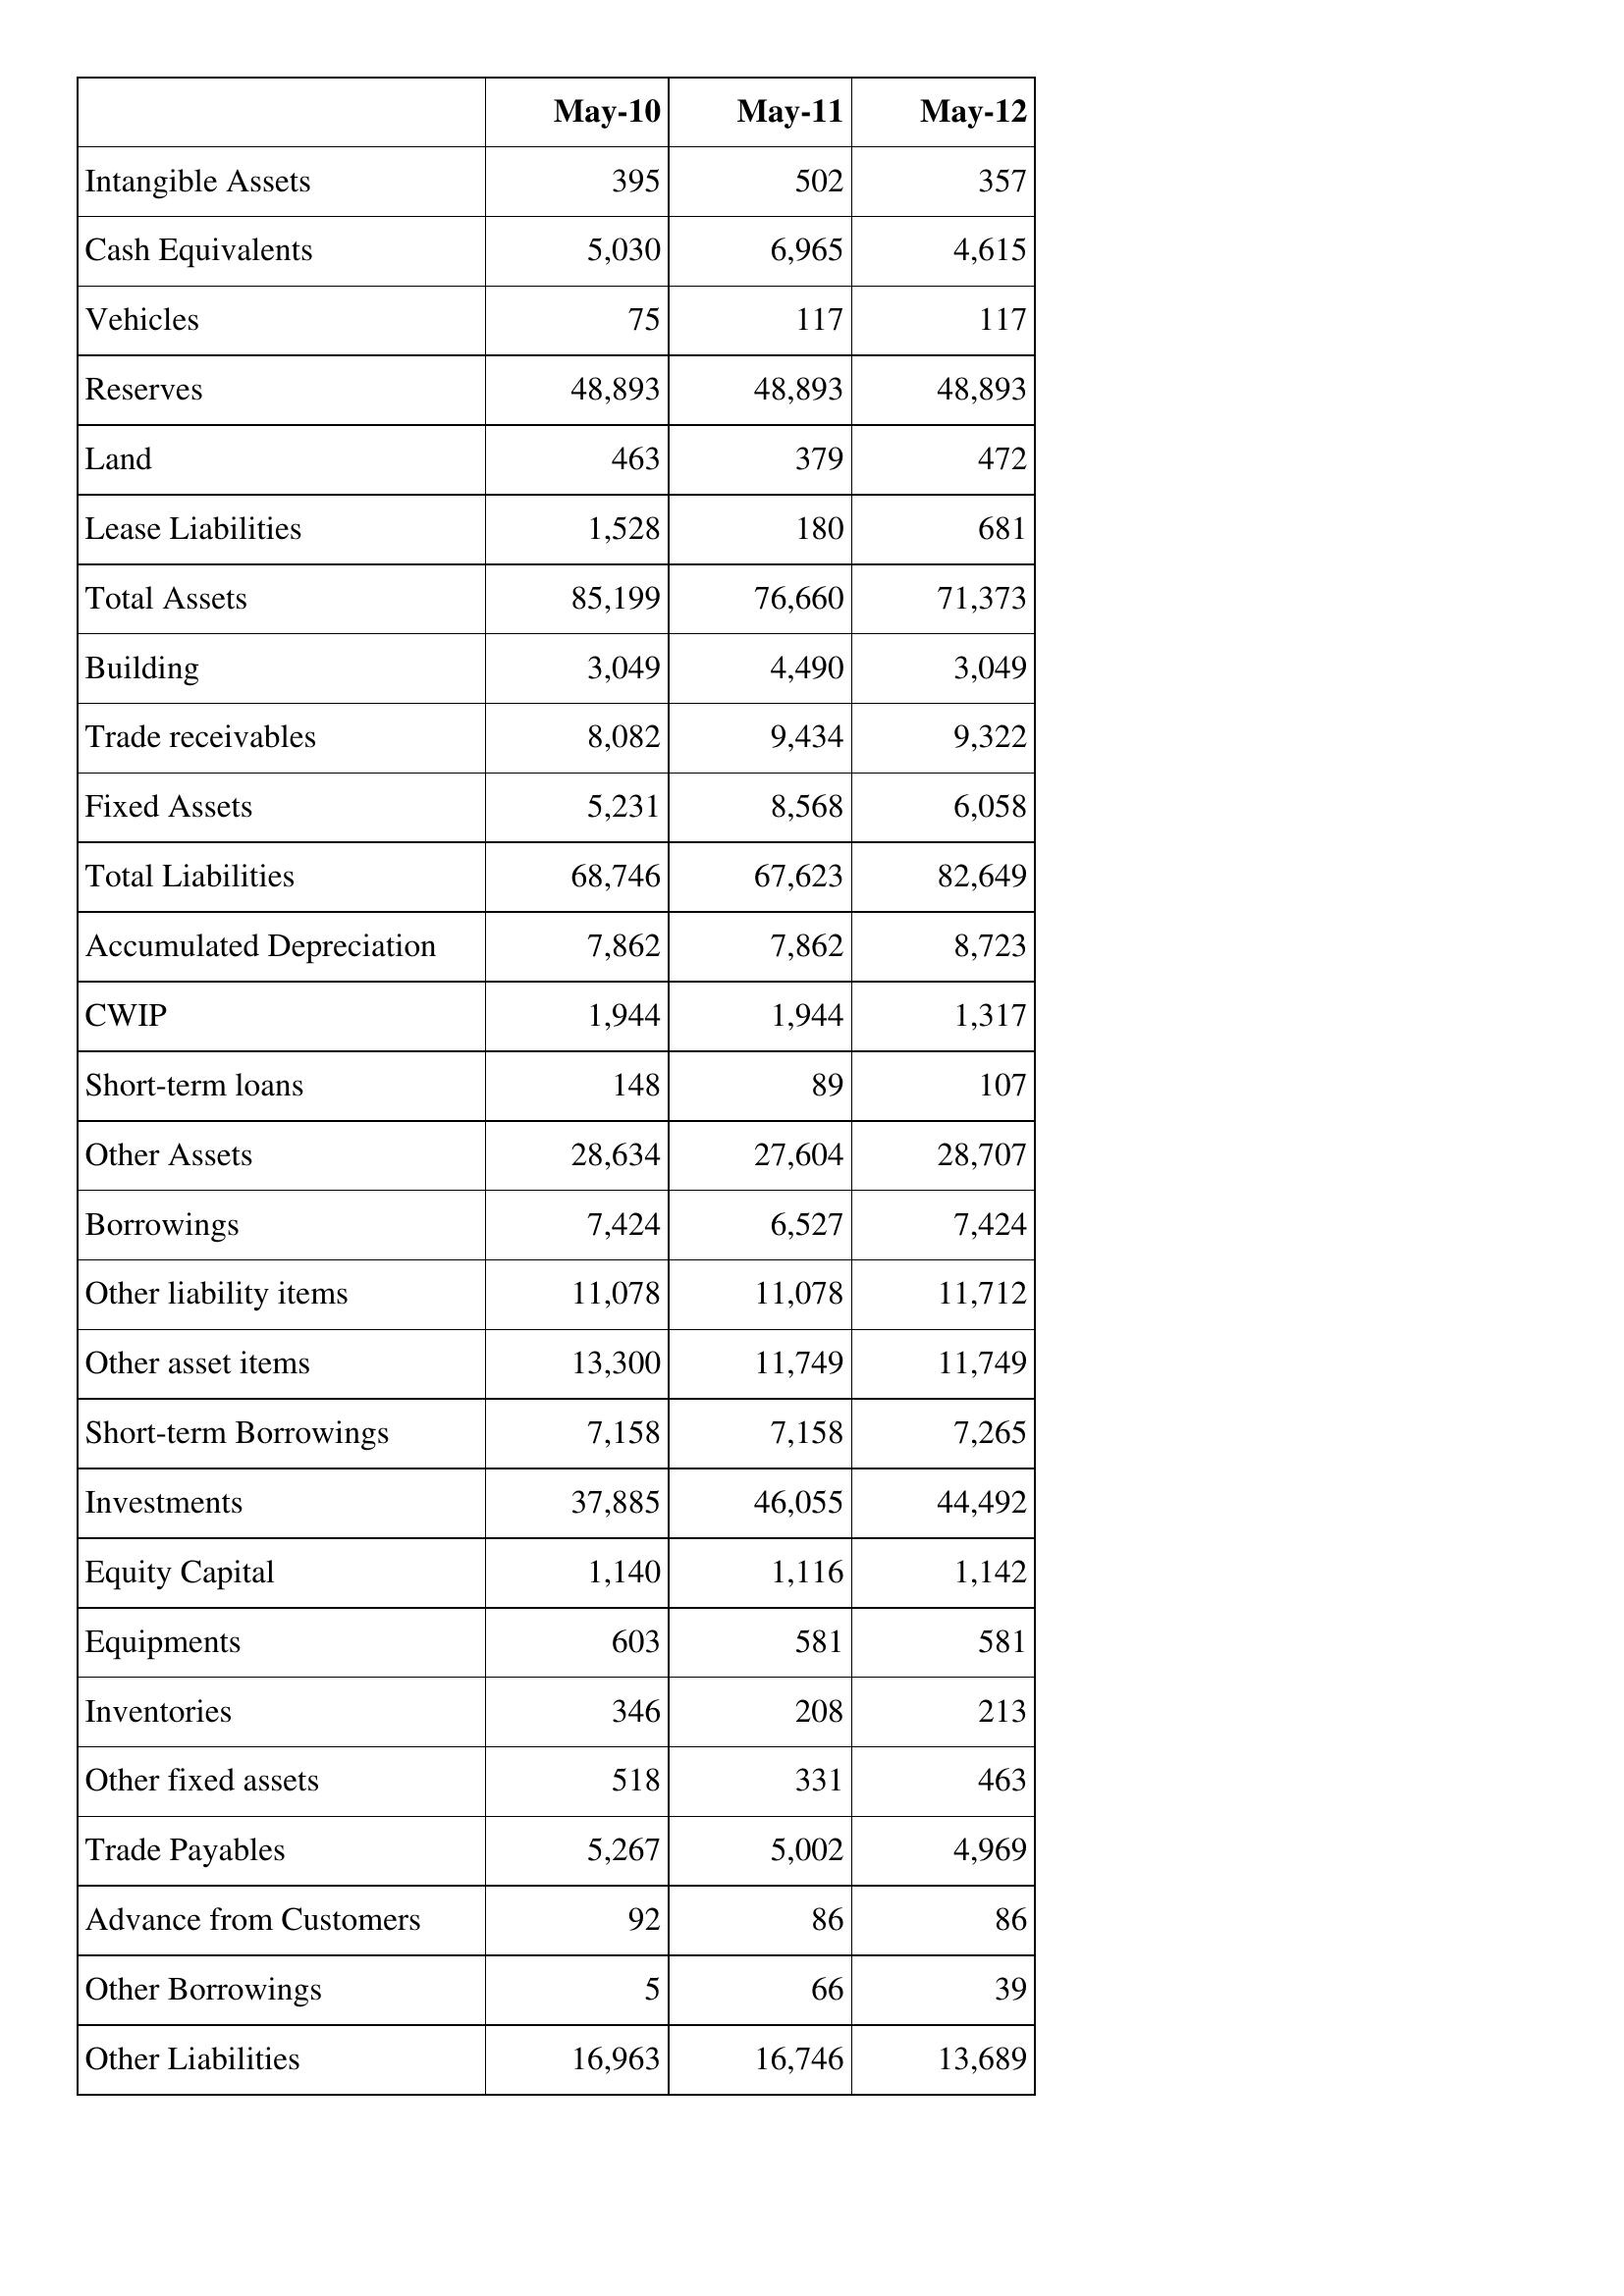
May-10: Balance Sheet: Intangible Assets: 395
Cash Equivalents: 5,030
Vehicles: 75
Reserves: 48,893
Land: 463
Lease Liabilities: 1,528
Total Assets: 85,199
Building: 3,049
Trade receivables: 8,082
Fixed Assets: 5,231
Total Liabilities: 68,746
Accumulated Depreciation: 7,862
CWIP: 1,944
Short-term loans: 148
Other Assets: 28,634
Borrowings: 7,424
Other liability items: 11,078
Other asset items: 13,300
Short-term Borrowings: 7,158
Investments: 37,885
Equity Capital: 1,140
Equipments: 603
Inventories: 346
Other fixed assets: 518
Trade Payables: 5,267
Advance from Customers: 92
Other Borrowings: 5
Other Liabilities: 16,963
May-11: Balance Sheet: Intangible Assets: 502
Cash Equivalents: 6,965
Vehicles: 117
Reserves: 48,893
Land: 379
Lease Liabilities: 180
Total Assets: 76,660
Building: 4,490
Trade receivables: 9,434
Fixed Assets: 8,568
Total Liabilities: 67,623
Accumulated Depreciation: 7,862
CWIP: 1,944
Short-term loans: 89
Other Assets: 27,604
Borrowings: 6,527
Other liability items: 11,078
Other asset items: 11,749
Short-term Borrowings: 7,158
Investments: 46,055
Equity Capital: 1,116
Equipments: 581
Inventories: 208
Other fixed assets: 331
Trade Payables: 5,002
Advance from Customers: 86
Other Borrowings: 66
Other Liabilities: 16,746
May-12: Balance Sheet: Intangible Assets: 357
Cash Equivalents: 4,615
Vehicles: 117
Reserves: 48,893
Land: 472
Lease Liabilities: 681
Total Assets: 71,373
Building: 3,049
Trade receivables: 9,322
Fixed Assets: 6,058
Total Liabilities: 82,649
Accumulated Depreciation: 8,723
CWIP: 1,317
Short-term loans: 107
Other Assets: 28,707
Borrowings: 7,424
Other liability items: 11,712
Other asset items: 11,749
Short-term Borrowings: 7,265
Investments: 44,492
Equity Capital: 1,142
Equipments: 581
Inventories: 213
Other fixed assets: 463
Trade Payables: 4,969
Advance from Customers: 86
Other Borrowings: 39
Other Liabilities: 13,689